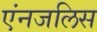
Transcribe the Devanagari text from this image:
एंनजलिस